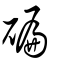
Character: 碥